Civil Veterinary Department. Madras. Admin. report 1926-33 - 1926-1933
Year: 1926
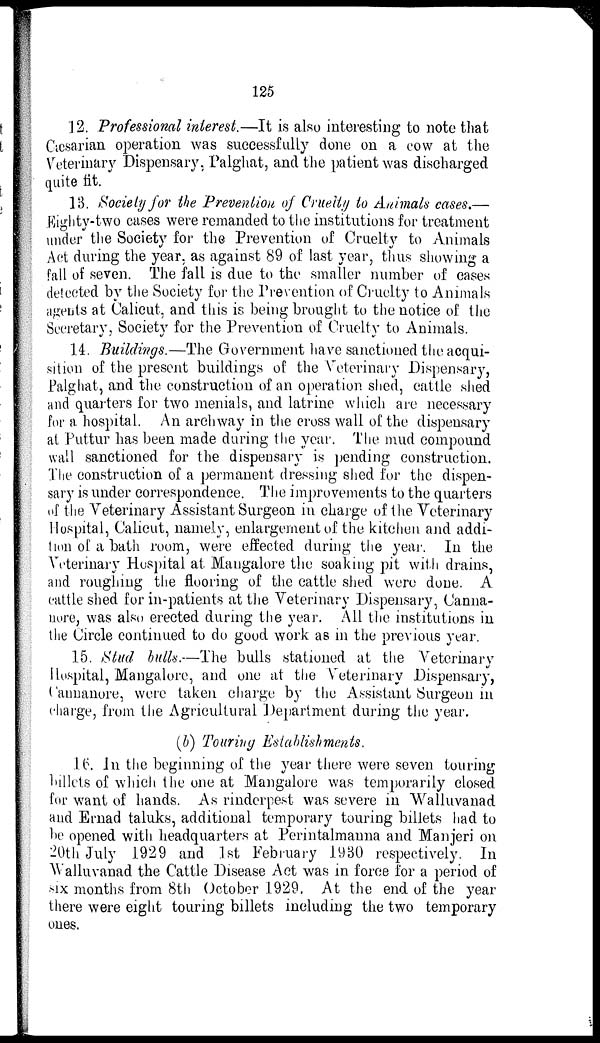
125
12. Professional interest.—It is also interesting to note that
Cæsarian operation was successfully done on a cow at the
Veterinary Dispensary, Palghat, and the patient was discharged
quite fit.
13. Society for the Prevention of Cruelty to Animals cases.—
Eighty-two cases were remanded to the institutions for treatment
under the Society for the Prevention of Cruelty to Animals
Act during the year, as against 89 of last year, thus showing a
fall of seven. The fall is due to the smaller number of cases
detected by the Society for the Prevention of Cruelty to Animals
agents at Calicut, and this is being brought to the notice of the
Secretary, Society for the Prevention of Cruelty to Animals.
14. Buildings.—The Government have sanctioned the acqui-
sition of the present buildings of the Veterinary Dispensary,
Palghat, and the construction of an operation shed, cattle shed
and quarters for two menials, and latrine which are necessary
for a hospital. An archway in the cross wall of the dispensary
at Puttur has been made during the year. The mud compound
wall sanctioned for the dispensary is pending construction.
The construction of a permanent dressing shed for the dispen-
sary is under correspondence. The improvements to the quarters
of the Veterinary Assistant Surgeon in charge of the Veterinary
Hospital, Calicut, namely, enlargement of the kitchen and addi-
tion of a bath room, were effected during the year. In the
Veterinary Hospital at Mangalore the soaking pit with drains,
and roughing the flooring of the cattle shed were done. A
cattle shed for in-patients at the Veterinary Dispensary, Canna-
nore, was also erected during the year. All the institutions in
the Circle continued to do good work as in the previous year.
15. Stud bulls.—The bulls stationed at the Veterinary
Hospital, Mangalore, and one at the Veterinary Dispensary,
Cannanore, were taken charge by the Assistant Surgeon in
charge, from the Agricultural Department during the year.
(b) Touring Establishments.
16. In the beginning of the year there were seven touring
billets of which the one at Mangalore was temporarily closed
for want of hands. As rinderpest was severe in Walluvanad
and Ernad taluks, additional temporary touring billets had to
he opened with headquarters at Perintalmanna and Manjeri on
20th July 1929 and 1st February 1930 respectively. In
Walluvanad the Cattle Disease Act was in force for a period of
six months from 8th October 1929. At the end of the year
there were eight touring billets including the two temporary
ones.